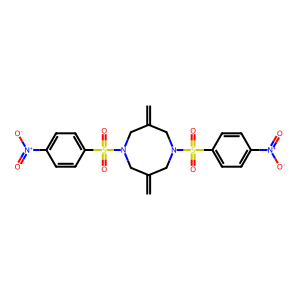
SMILES: C=C1CN(S(=O)(=O)c2ccc([N+](=O)[O-])cc2)CC(=C)CN(S(=O)(=O)c2ccc([N+](=O)[O-])cc2)C1
Inhibits HIV replication: No